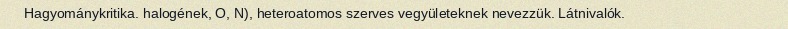
Hagyománykritika. halogének, O, N), heteroatomos szerves vegyületeknek nevezzük. Látnivalók.